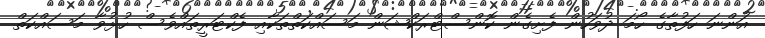
އަންނަ ހަފުތާގެ ހޯމަ ދުވަހުން ފެށިގެން ކޮންސްޓްރަކްޝަން މަސައްކަތްތަކާއި ފެކްޓަރީތައްވެސް ހުޅުވާ މަސައްކަތް